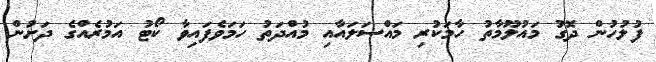
ފުލުހުން ދޮގު މައުލޫމާތު ހާމަކުރި މައްސަލައާއި މުއްދަތު ހަމަވެފައިވާ ކޯޓު އަމުރެއްގެ ދަށުން